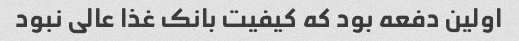
اولین دفعه بود که کیفیت بانک غذا عالی نبود